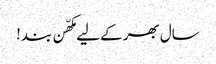
سال بھر کے لیے مکھّن بند!